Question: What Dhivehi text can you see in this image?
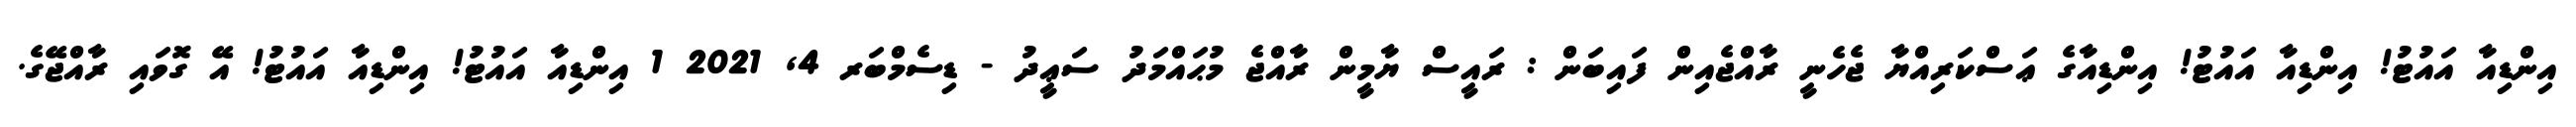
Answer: އިންޑިއާ އައުޓު! އިންޑިއާ އައުޓު! އިންޑިއާގެ ޢަސްކަރިއްޔާ ޖެހެނީ ރާއްޖެއިން ފައިބަން : ރައީސް ޔާމީން ރާއްޖެ މުޙައްމަދު ސަޢީދު - ޑިސެމްބަރ 4, 2021 1 އިންޑިއާ އައުޓު! އިންޑިއާ އައުޓު! އޭ ގޮވައި ރާއްޖޭގެ.